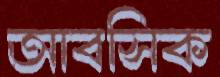
আবসিক